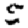
Digit: 5